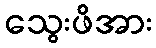
သွေးဖိအား